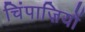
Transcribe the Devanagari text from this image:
चिंपाज़ियों